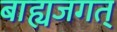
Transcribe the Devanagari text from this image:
बाह्यजगत्‌